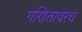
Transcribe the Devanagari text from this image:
गणितावरच